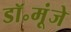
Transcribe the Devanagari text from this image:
डॉ॰मूंजे